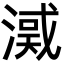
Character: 㵄